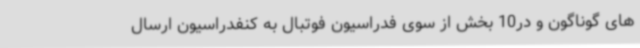
های گوناگون و در10 بخش از سوی فدراسیون فوتبال به کنفدراسیون ارسال